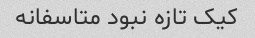
کیک تازه نبود متاسفانه